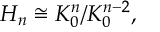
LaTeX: H _ { n } \cong K _ { 0 } ^ { n } / K _ { 0 } ^ { n - 2 } ,